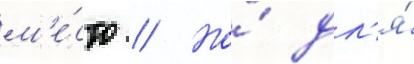
м'е́сто // Но́ дл'я́